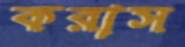
করাস